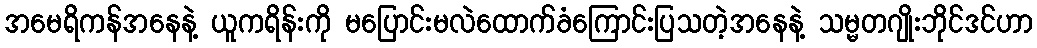
အမေရိကန်အနေနဲ့ ယူကရိန်းကို မပြောင်းမလဲထောက်ခံကြောင်းပြသတဲ့အနေနဲ့ သမ္မတဂျိုးဘိုင်ဒင်ဟာ